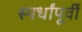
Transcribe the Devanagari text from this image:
स्पर्धांपूर्वी